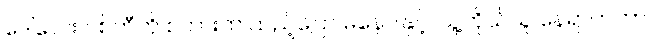
ဒေါ်လေး ပစ်တီကို စကားထဲ ထည့်ပြော မနေပါနှင့်၊ သူ့ကိုယ်သူ နေရာတကာ